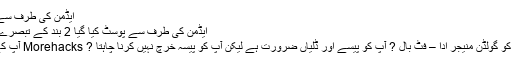
ایڈمن کی طرف سے پوسٹ کیا گیا 15 تبصرے
ایڈمن کی طرف سے پوسٹ کیا گیا 2 بند کے تبصرے پر گولڈن مینیجر ہیک کا آلہ
گولڈن مینیجر ہیک کا آلہ آپ کو گولڈن منیجر ادا – فٹ بال ? آپ کو پیسے اور ڈلیاں ضرورت ہے لیکن آپ کو پیسہ خرچ نہیں کرنا چاہتا ? Morehacks آپ کے لئے کامل ہیک کا آلہ ہے!